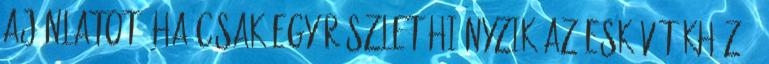
ajánlatot. Ha csak egy részlet hiányzik az esküvőtökhöz -